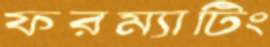
ফরম্যাটিং